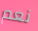
نعم